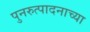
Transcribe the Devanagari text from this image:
पुनरुत्पादनाच्या